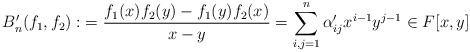
LaTeX: \begin{align*}B^{\prime}_{n}(f_{1},f_{2}) :&= \frac{f_{1}(x)f_{2}(y)-f_{1}(y)f_{2}(x)}{x-y}= \sum_{i,j=1}^{n} \alpha _{ij}^{\prime}x^{i-1}y^{j-1}\in F[x,y]\end{align*}